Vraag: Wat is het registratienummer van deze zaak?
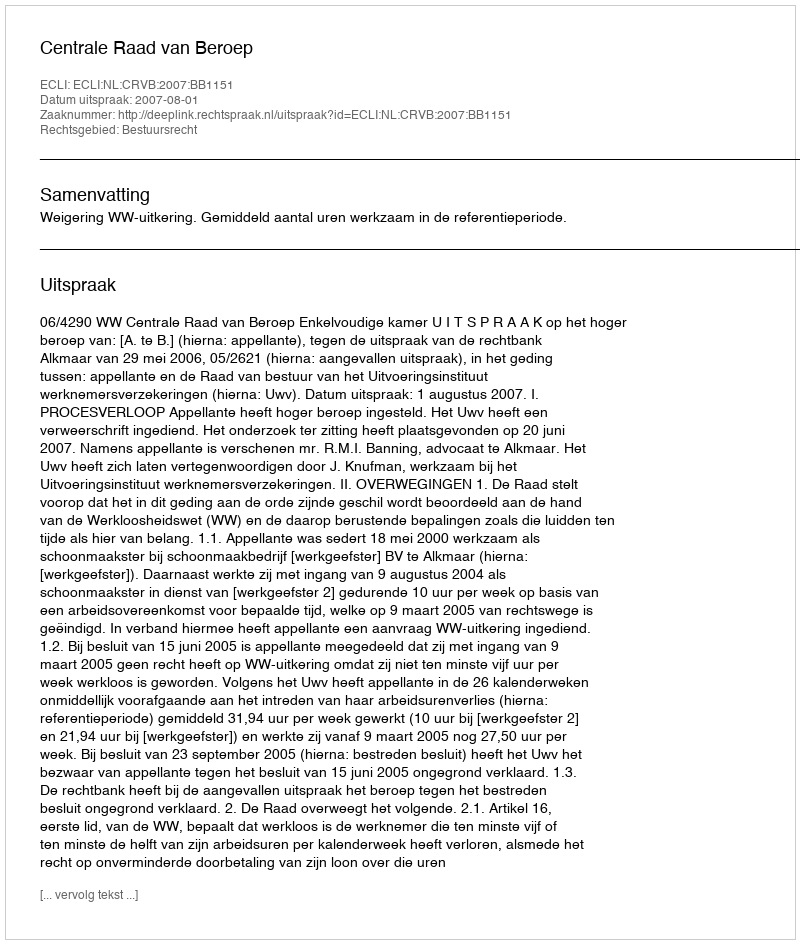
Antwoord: http://deeplink.rechtspraak.nl/uitspraak?id=ECLI:NL:CRVB:2007:BB1151